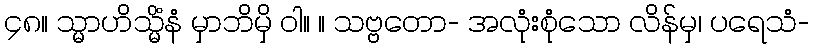
၄၈။ သ္မာဟိသ္မိံနံ မှာဘိမှိ ဝါ။ ။ သဗ္ဗတော- အလုံးစုံသော လိန်မှ၊ ပရေသံ-